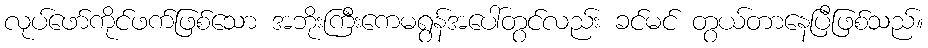
လုပ်ဖော်ကိုင်ဖက်ဖြစ်သော အဘိုးကြီးကေမရွန်အပေါ်တွင်လည်း ခင်မင် တွယ်တာနေပြီဖြစ်သည်။